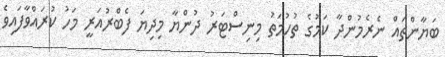
ބަޔާންތައް ނެރެމުންދާ ކަމުގެ ތުހުމަތު މިނިސްޓަރު ދުންޔާ މިދިޔަ ފެބްރުއަރީ މަހު ކުރައްވާފައިވެ